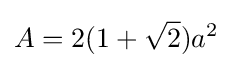
A=2(1+{\sqrt {2}})a^{2}\,\!